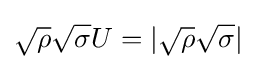
{\sqrt {\rho }}{\sqrt {\sigma }}U=|{\sqrt {\rho }}{\sqrt {\sigma }}|